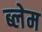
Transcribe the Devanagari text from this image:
ब्लेम